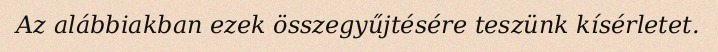
Az alábbiakban ezek összegyűjtésére teszünk kísérletet.